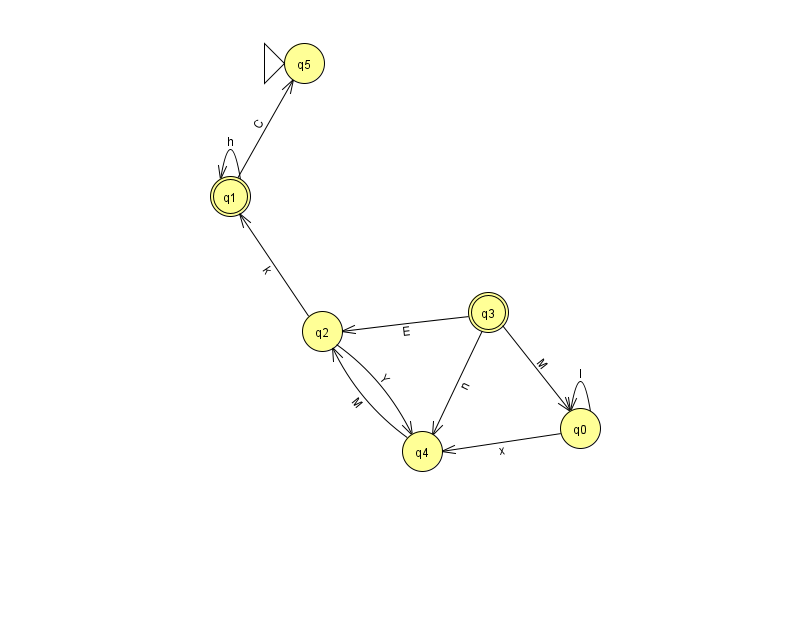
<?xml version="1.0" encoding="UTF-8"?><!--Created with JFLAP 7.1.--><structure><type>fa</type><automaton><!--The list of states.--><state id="0" name="q0"><x>580.0</x><y>415.0</y></state><state id="1" name="q1"><x>230.0</x><y>183.0</y><final/></state><state id="2" name="q2"><x>322.0</x><y>318.0</y></state><state id="3" name="q3"><x>488.0</x><y>299.0</y><final/></state><state id="4" name="q4"><x>422.0</x><y>438.0</y></state><state id="5" name="q5"><x>304.0</x><y>50.0</y><initial/></state><!--The list of transitions.--><transition><from>3</from><to>2</to><read>E</read></transition><transition><from>1</from><to>5</to><read>C</read></transition><transition><from>0</from><to>4</to><read>x</read></transition><transition><from>1</from><to>1</to><read>h</read></transition><transition><from>2</from><to>1</to><read>k</read></transition><transition><from>0</from><to>0</to><read>I</read></transition><transition><from>3</from><to>4</to><read>n</read></transition><transition><from>2</from><to>4</to><read>Y</read></transition><transition><from>3</from><to>0</to><read>M</read></transition><transition><from>4</from><to>2</to><read>M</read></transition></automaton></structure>